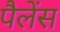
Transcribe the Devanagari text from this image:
पैलेंस